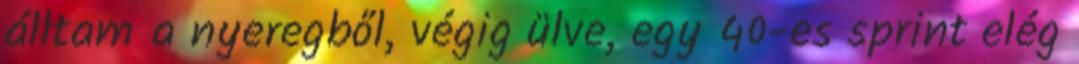
álltam a nyeregből, végig ülve, egy 40-es sprint elég